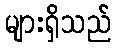
များရှိသည်